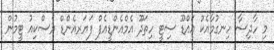
މި ހާދިސާ ހިނގުމާއެކު އައްޑޫ ސިޓީ ހިތަދޫ އެމްއެންޑީއެފް ފަޔަރއެންޑް ރެސްކިއު ޓީމުން